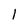
Character: 1